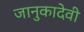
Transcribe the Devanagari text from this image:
जानुकादेवी